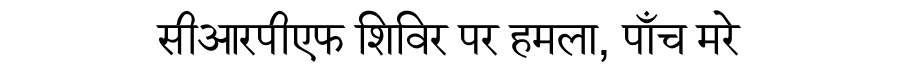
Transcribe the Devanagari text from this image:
सीआरपीएफ शिविर पर हमला, पाँच मरे